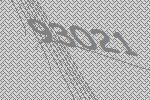
93021